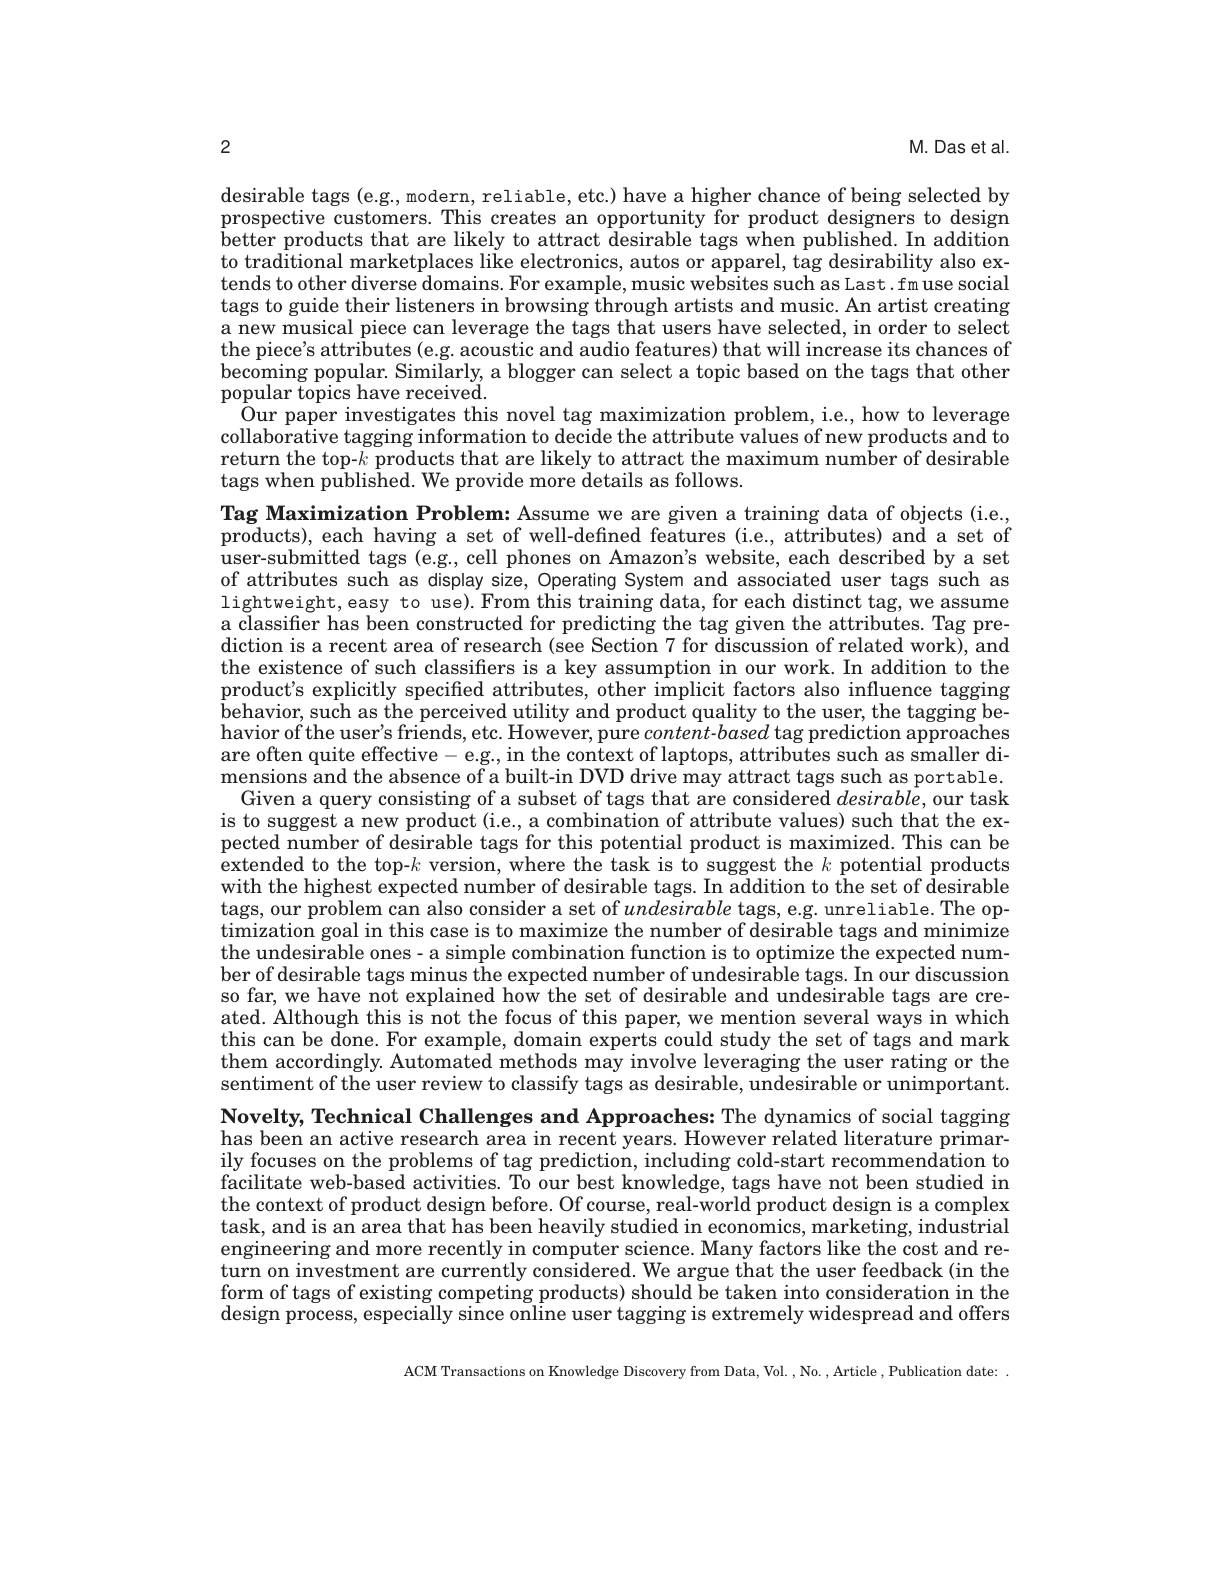
M. Das et al.

desirable tags (e.g., modern, reliable, etc.) have a higher chance of being selected by prospective customers. This creates an opportunity for product designers to design $\dot{\text{better products that are likely to attract desirable tags when published. In addition}}$ to traditional marketplaces like electronics, autos or apparel, tag desirability also extends to other diverse domains. For example, music websites such as Last .fm use social tags to guide their listeners in browsing through artists and music. An artist creating a new musical piece can leverage the tags that users have selected, in order to select the piece's attributes (e.g. acoustic and audio features) that will increase its chances of becoming popular. Similarly, a blogger can select a topic based on the tags that other popular topics have received.
$\bar{\text{Our paper investigates this novel tag maximization problem, i.e., how to leverage}}$ collaborative tagging information to decide the attribute values of new products and to return the top-$\bar{k\text{ products that are likely to attract the maximum number of desirable}}$ tags when published. We provide more details as follows.
Tag Maximization Problem: Assume we are given a training data of objects (i.e.,

2
products), each having a set of well-defined features (i.e., attributes) and a set of user-submitted tags (e.g., cell phones on Amazon's website, each described by a set of attributes such as display size, Operating System and associated user tags such as lightweight,easy to use).From this training data, for each distinct tag, we assume a classifier has been constructed for predicting the tag given the attributes. Tag prediction is a recent area of research (see Section 7 for $\bar{\text{discussion of related work), and}}$ the existence of such classifiers is a key assumption in our work. In addition to the product's explicitly specified attributes, other implicit factors also influence tagging $\bar{\text{behavior, such as the perceived utility and product quality to the user, the tagging be-}}$ havior of' the user' s friends, etc. However, pure $content- based$ tag prediction approaches are often quite effective-e.g., in the context of laptops, attributes such as smaller di- $\hat{\text{mensions and the absence of a built-in DVD drive may attract tags such as portable.}}$
Given a query consisting of a subset of tags that are considered $desirable$, our task is to suggest a new product (i.e., a combination of attribute values) such that the expected number of desirable tags for this potential product is maximized. This can be extended to the top-$k$ version, where the task is to suggest the $k$ potential products with the highest expected number of desirable tags. In addition to the set of desirable tags, our problem can also consider a set of undesirable tags, e.g. unreliable. The optimization goal in this case is to maximize the number of desirable tags and minimize the undesirable ones- a simple combination function is to optimize the expected number of desirable tags minus the expected number of undesirable tags. In our discussion so far, we have not explained how the set of desirable and undesirable tags are created. Although this is not the focus of this paper, we mention several ways in which this can be done. For example, domain experts could study the set of tags and mark them accordingly. Automated methods may involve leveraging the user rating or the sentiment of the user review to classify tags as desirable, undesirable or unimportant. Novelty, Technical Challenges and Approaches: The dynamics of social tagging has been an active research area in recent years. However related literature primarily focuses on the problems of tag prediction, including cold-start recommendation to facilitate web-based activities. To our best knowledge, tags have not been studied in the context of product design before. Of course, real-world product design is a complex $\bar{\text{task, and is an area that has been heavily studied in economics, marketing, industrial}}$ engineering and more recently in computer science. Many factors like the cost and return on investment are currently considered. We argue that the user feedback (in the form of tags of existing competing products) should be taken into consideration in the design process, especially since online user tagging is extremely widespread and offers
ACM Transactions on Knowledge Discovery from Data, Vol. , No. , Article , Publication date: .